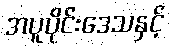
အပူပိုင်းဒေသနှင့်